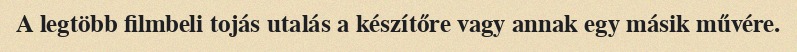
A legtöbb filmbeli tojás utalás a készítőre vagy annak egy másik művére.